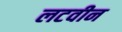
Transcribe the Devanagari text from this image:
लटवीन